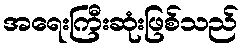
အရေးကြီးဆုံးဖြစ်သည်